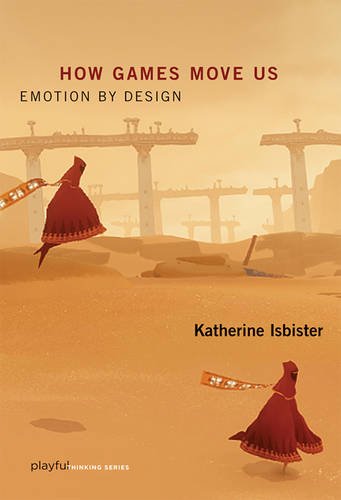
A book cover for How Games Move Us: Emotion by Design (Playful Thinking series); Katherine Isbister; Health, Fitness & Dieting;